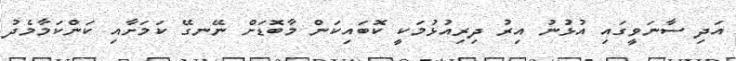
އަދި ސާނަވީގައި އުޅުނު އިރު ދިރިއުޅުމަކީ ކޮބައިކަން މާބޮޑަށް ނޭނގޭ ކަމަށާއި ކަންކަމާމެދު